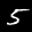
Label: 5